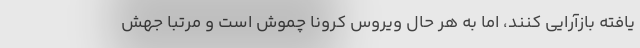
یافته بازآرایی کنند، اما به هر حال ویروس کرونا چموش است و مرتبا جهش